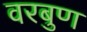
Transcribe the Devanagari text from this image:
वरबुण